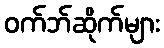
ဝက်ဘ်ဆိုက်များ